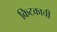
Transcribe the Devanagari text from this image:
किटकाची